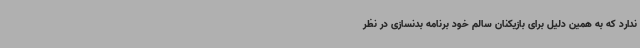
ندارد که به همین دلیل برای بازیکنان سالم خود برنامه بدنسازی در نظر